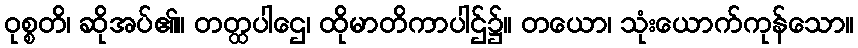
ဝုစ္စတိ၊ ဆိုအပ်၏။ တတ္ထပါဌေ၊ ထိုမာတိကာပါဌ်၌။ တယော၊ သုံးယောက်ကုန်သော။